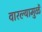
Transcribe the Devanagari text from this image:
वारल्यामुळें